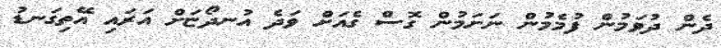
ދެން ދުވަމުން ފުމެމުން ނަށަމުން ގޮސް ގެއަށް ވަދެ އުނދޯޏަށް އަރައި އޭތިގަނޑު